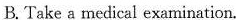
B. Take a medical examination.